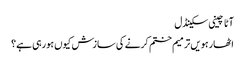
آٹا چینی سکینڈل
اٹھارہویں ترمیم ختم کرنے کی سازش کیوں ہورہی ہے؟